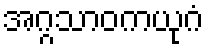
အဂ္ဂသာဝကယုဂံ